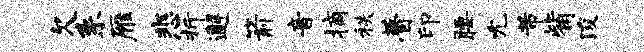
欠系雁悲折邂箭音摘秩瞢印腰允芾觜浚